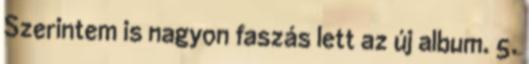
Szerintem is nagyon faszás lett az új album. 5.